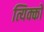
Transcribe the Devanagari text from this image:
त्यिक्को